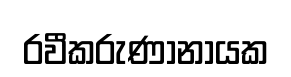
රවීකරුණානායක